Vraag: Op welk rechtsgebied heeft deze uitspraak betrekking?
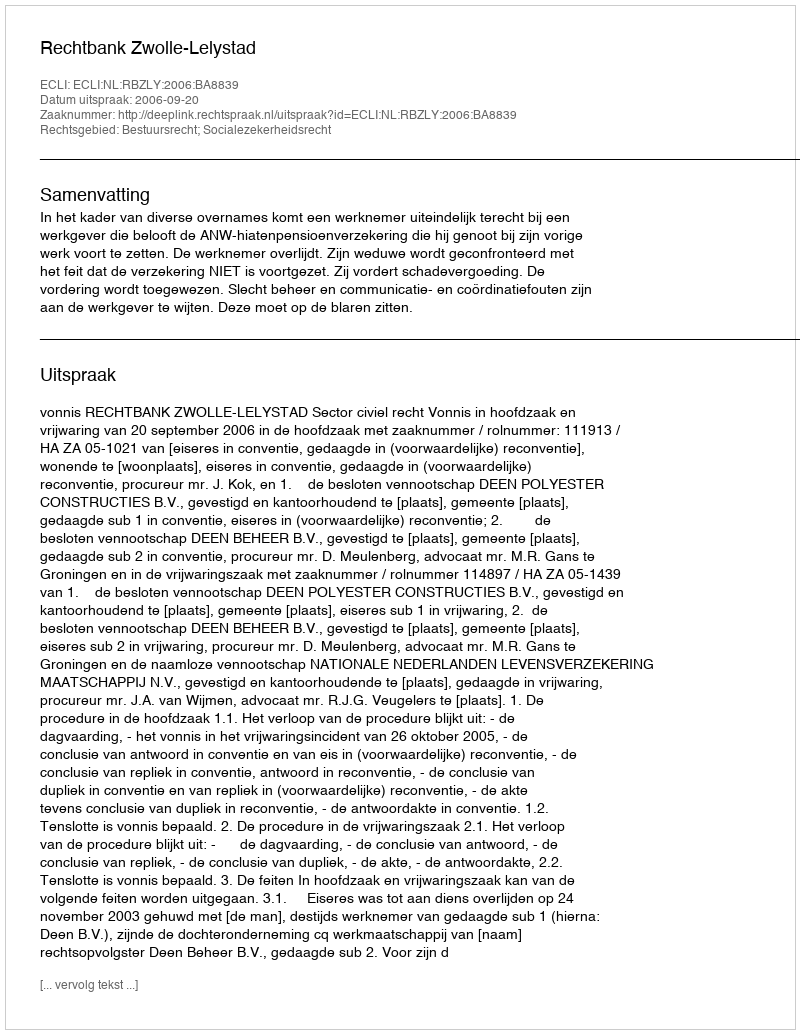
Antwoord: Bestuursrecht; Socialezekerheidsrecht